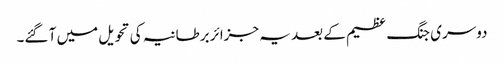
دوسری جنگ عظیم کے بعد یہ جزائر برطانیہ کی تحویل میں آ گئے۔